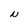
Character: N